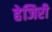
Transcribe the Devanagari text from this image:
हेजिरी